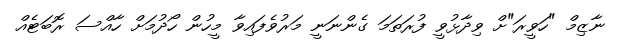
ނާޒިމް "ހަވީރަ"ށް ވިދާޅުވީ ފުރަތަމަ ގެންނަނީ މަރުވެފައިވާ މީހުން ހޯދުމަށް ހާއްސަ ރޮބަޓެއް